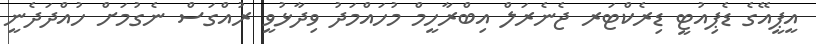
އީޕީއޭގެ ޑެޕިއުޓީ ޑިރެކްޓަރ ޖެނެރަލް އިބްރާހީމް މުހައްމަދު ވިދާޅުވީ ރުއްގަސް ނެގުމަށް ހުއްދަދެނީ